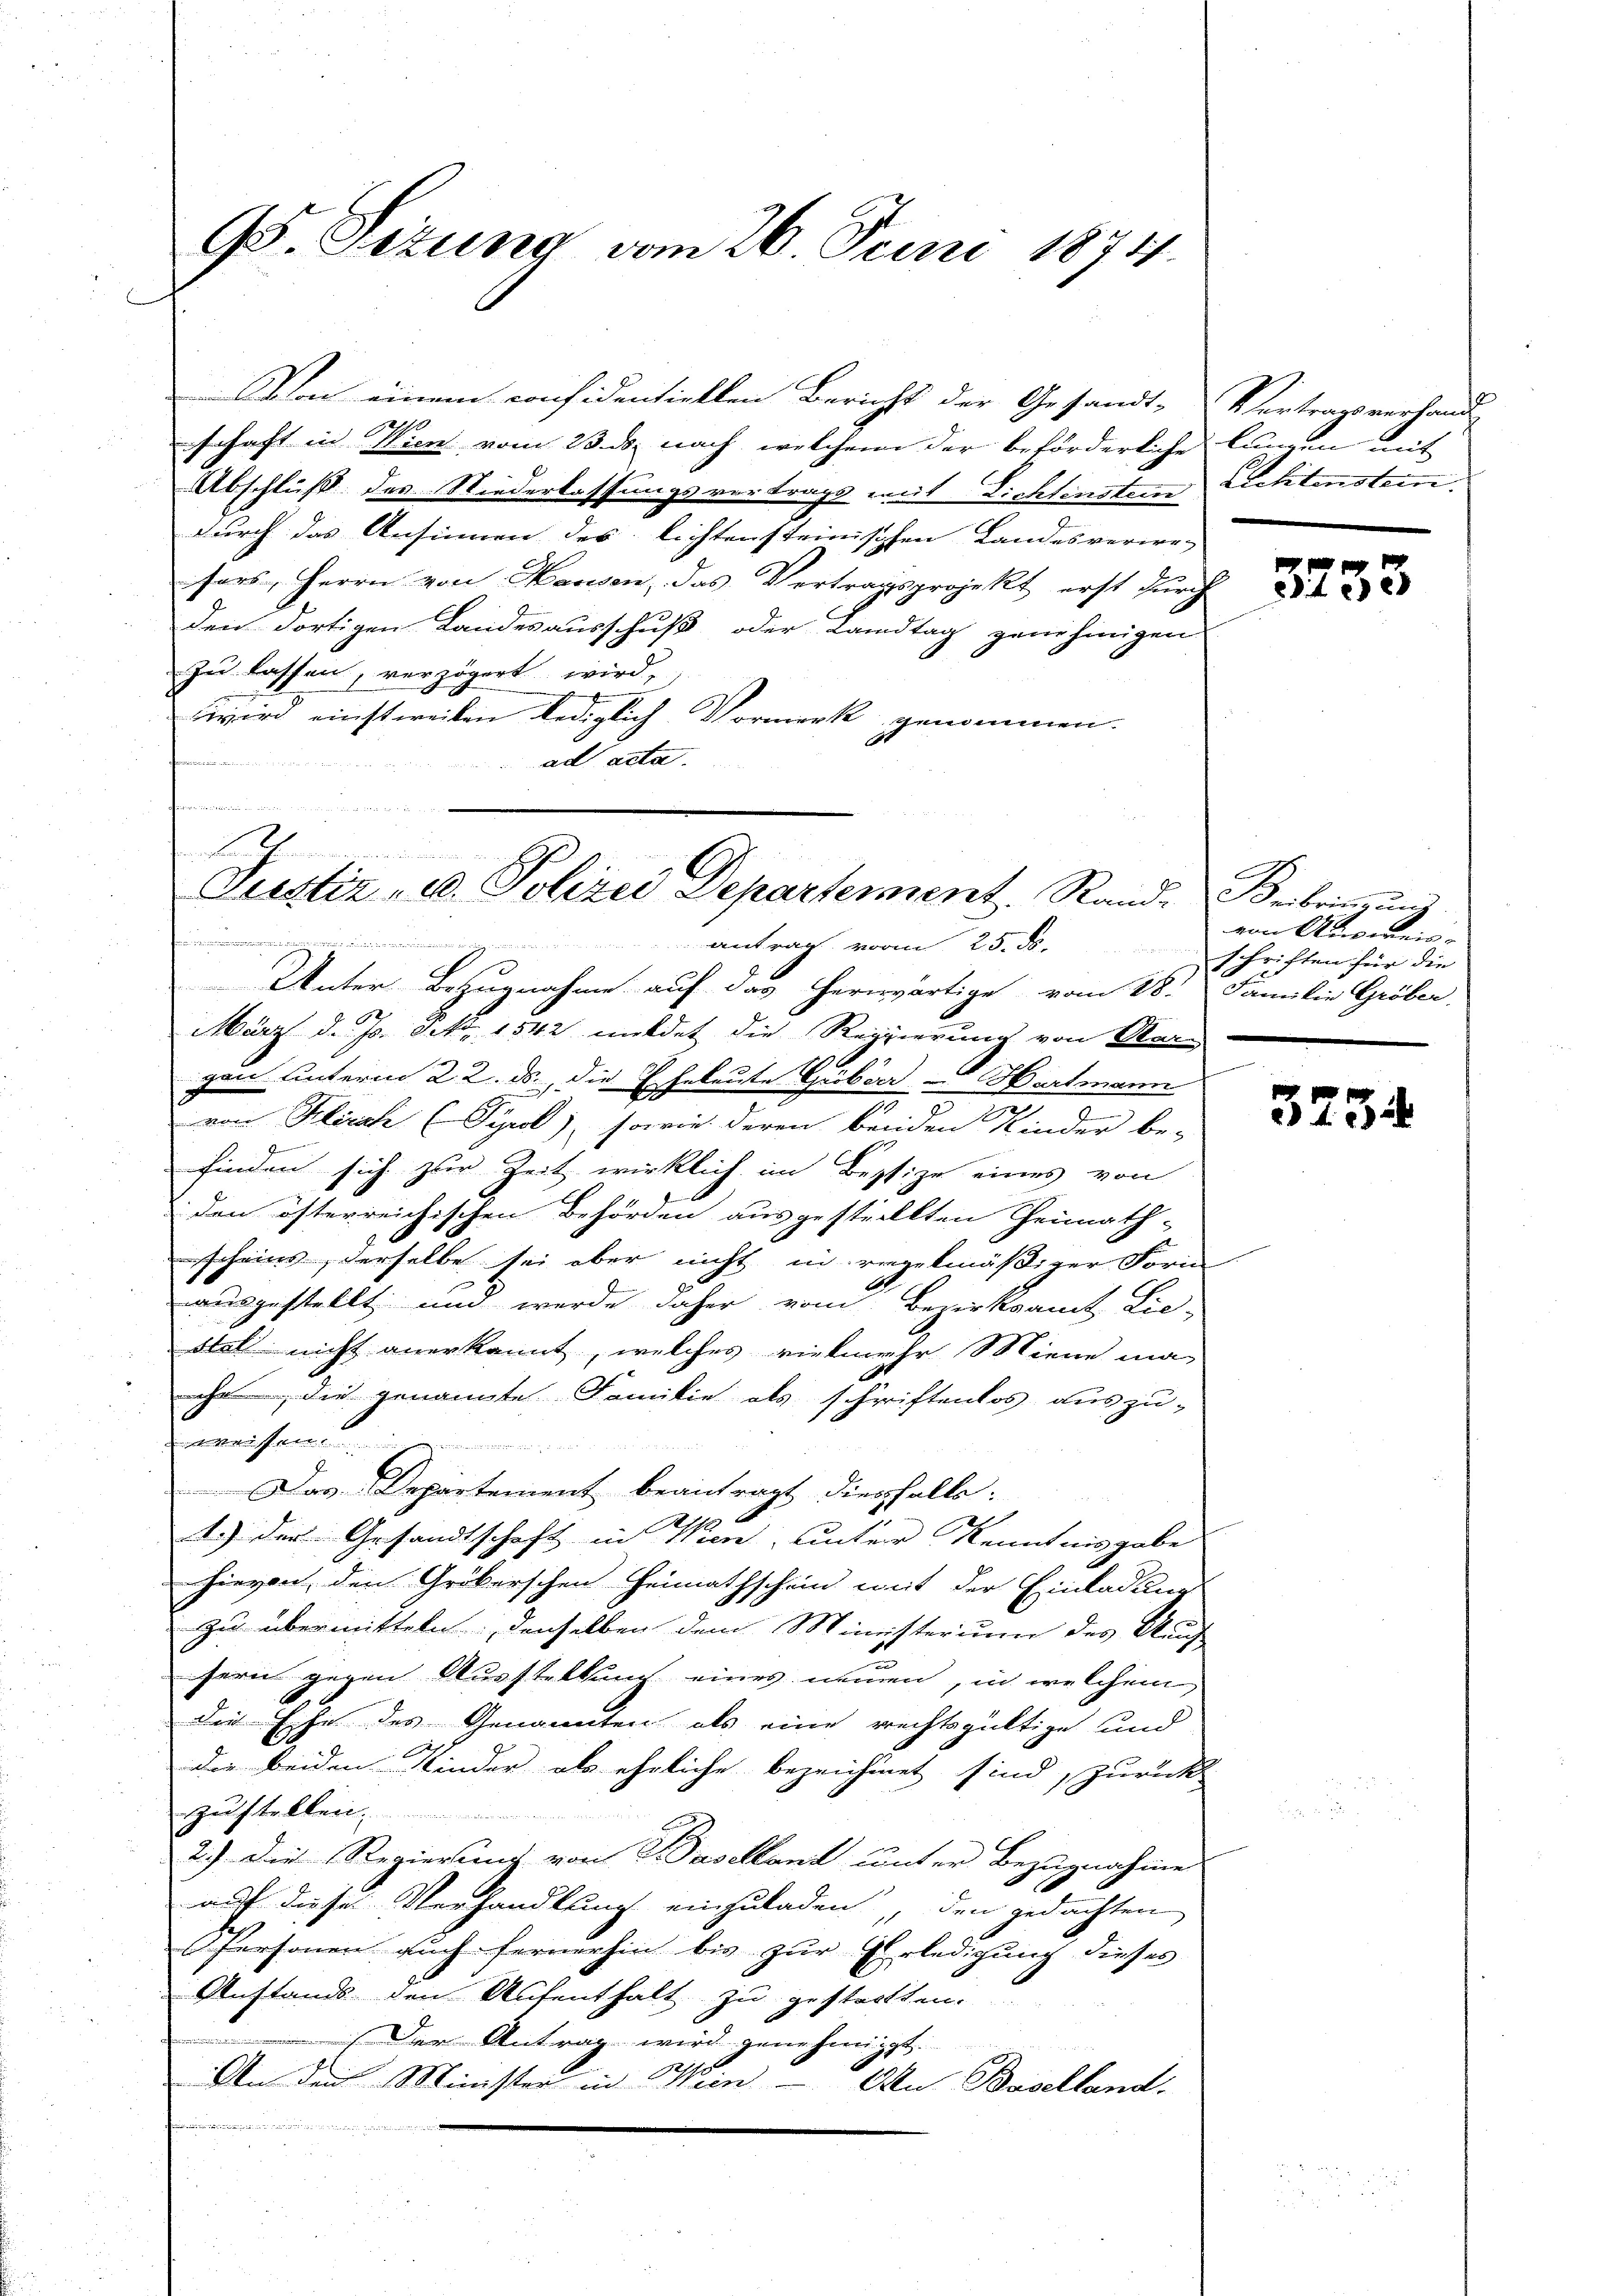
95. Situng vom 26. Juni 1871.

Wlai einem confidentiellen Bericht der Gesandt-
7
schaft in Wien vom 23. ds. nach, welchem der beförderliche Lungen mit
Abschluß des Niederlassungsvertrags mit Lichtenstein Lichtenstein.
durch das Ansinnen des lichtensteinischen Landesverwe-
sors, Herrn von Hausen, das Vertragsprojekt erst durch
den dortigen Landesausschuß oder Landtag genehmigen
zu lassen, verzögert wird,
wird einstweilen lediglich Vormerk genommen.
ad acta.
n

st
Justiz, u. Polizei Departement. Rand. Beibringung
Antrag von 25. d.

Unter Bezugnahme auf das herwärtige vom 28. Familie Gröber
März d. Js. Frk. 1542 mildet die Regierung von Mar-
d
gen unterm 22. ds., die Eheleute Grobier - Hartmann
von Klinik (Tyrol), sowie deren beiden Kinder be-
finden sich zur Zeit wirklich im Bestige eines von
den österreichischen Behörden ausgestellten Grünath-
scheins, derselbe sei aber nicht in regelmäßiger Form
ausgestellt und werde daher vom Bezirksamt Lie-
Stell nicht anerkannt, welches vielmehr Miene ma-
ihr, die genannte Familie als schriftenlos auszu-
weisen.
Das Departement beantragt diesfalls:
1.) Der Gesandtschaft in Wien, unter Kenntnisgabe
hievon, den Gröberschen Heimathschein mit der Einladung
zu übermitteln, denselben dem Ministerium des Auch
fern gegen Ausstellung eines nemen, in welchem
die Eise des Genannten als eine rechtsgültige und
die beiden Kinder als ehrliche bezeichnet sind, zurück
zustellen
2.) Die Regierung von Baselland unter Bezugnahme
auf dieser Verhandlung einzuladen, den gedachten
Personen auch fernerhin bis zur Erledigung dieses
Anstands den Aufenthalt zu gestatten.
Der Antrag wird genehmigt.
An den Minister in Wein - An Baselland.
e
u

Vertragsverhand

3733

von Ausweisschriften für die

3234